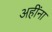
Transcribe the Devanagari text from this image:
अहींना